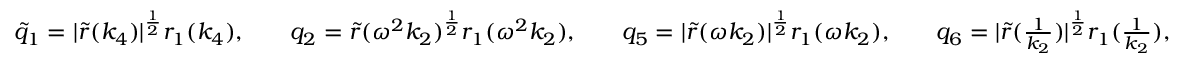
\begin{array} { r l r l r l r l } & { \tilde { q } _ { 1 } = | \tilde { r } ( k _ { 4 } ) | ^ { \frac { 1 } { 2 } } r _ { 1 } ( k _ { 4 } ) , } & & { q _ { 2 } = \tilde { r } ( \omega ^ { 2 } k _ { 2 } ) ^ { \frac { 1 } { 2 } } r _ { 1 } ( \omega ^ { 2 } k _ { 2 } ) , } & & { q _ { 5 } = | \tilde { r } ( \omega k _ { 2 } ) | ^ { \frac { 1 } { 2 } } r _ { 1 } ( \omega k _ { 2 } ) , } & & { q _ { 6 } = | \tilde { r } ( \frac { 1 } { k _ { 2 } } ) | ^ { \frac { 1 } { 2 } } r _ { 1 } ( \frac { 1 } { k _ { 2 } } ) , } \end{array}